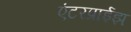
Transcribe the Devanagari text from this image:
एंटरप्राईझ